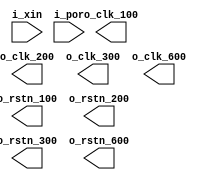
module crm (
    input                   i_xin   ,
    input                   i_por   ,
    output                  o_clk_100,
    output                  o_clk_200,
    output                  o_clk_300,
    output                  o_clk_600,
    output                  o_clk_100,
    output                  o_clk_200,
    output                  o_clk_300,
    output                  o_clk_600,
    output                  o_rstn_100,
    output                  o_rstn_200,
    output                  o_rstn_300,
    output                  o_rstn_600,
    output                  o_rstn_100,
    output                  o_rstn_200,
    output                  o_rstn_300,
    output                  o_rstn_600
);


endmodule